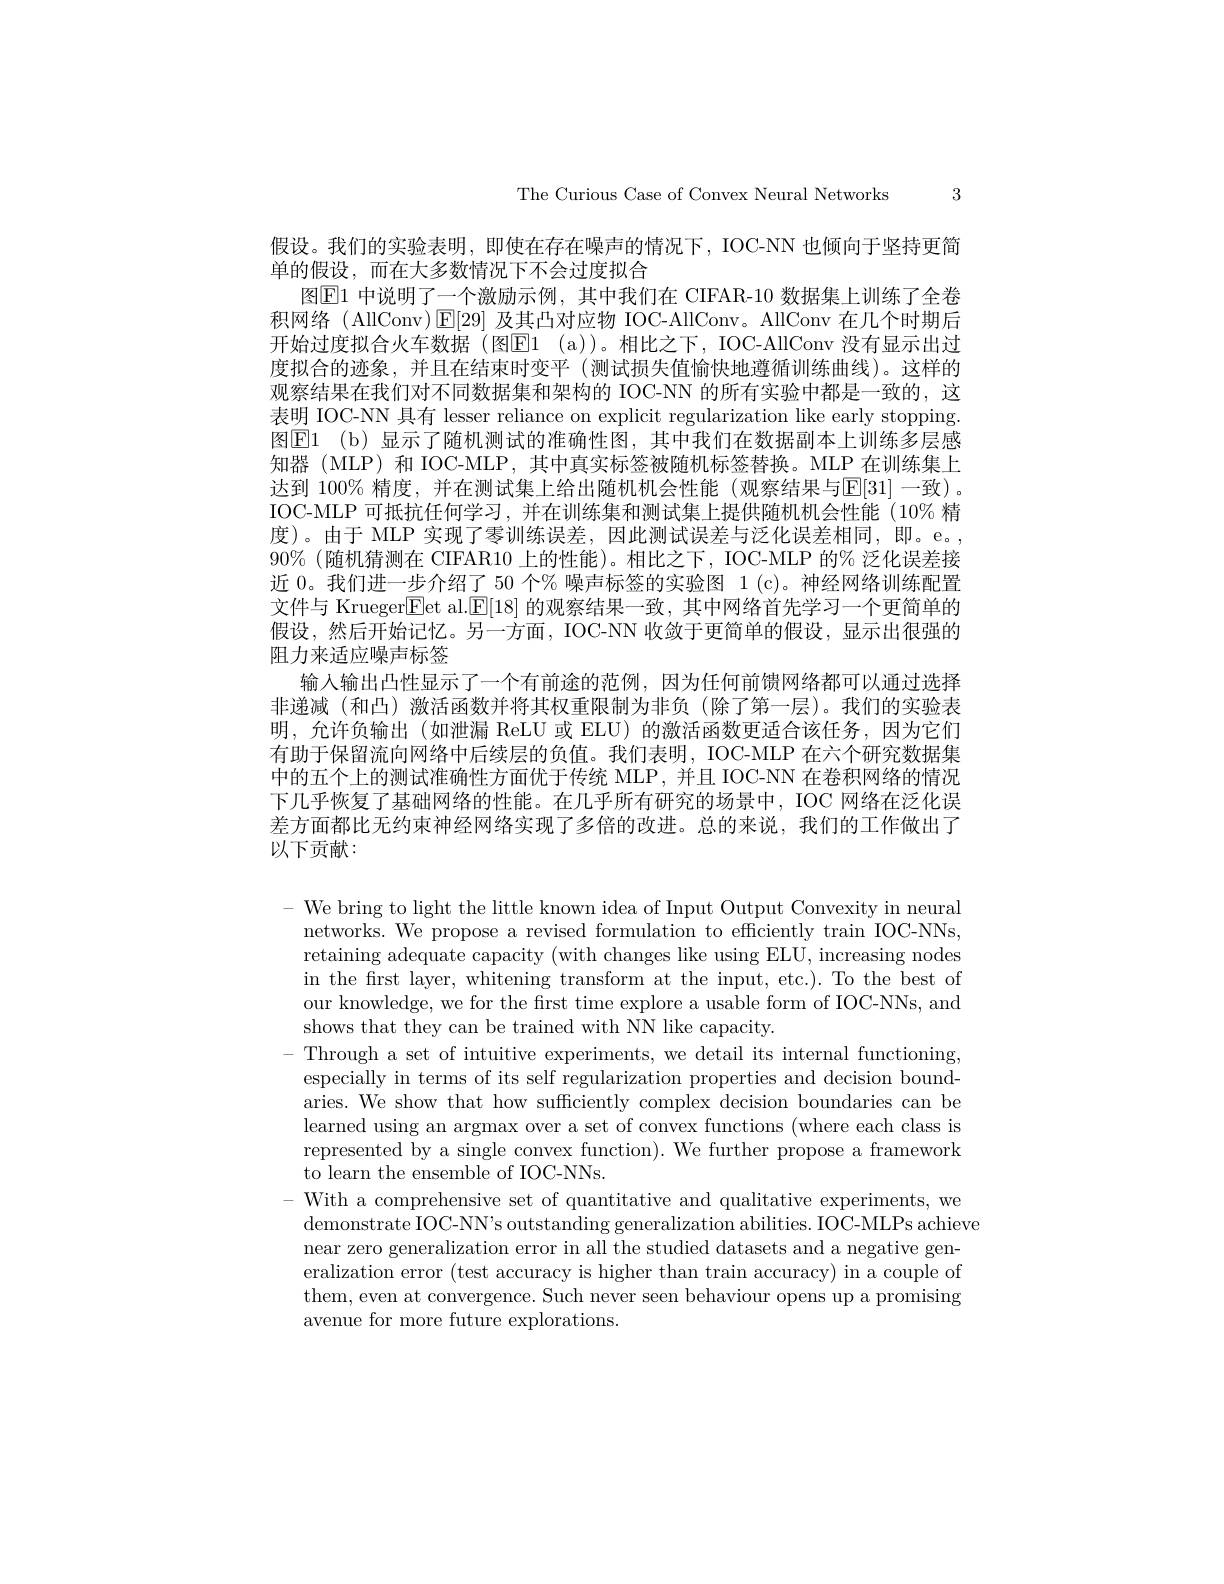
The Curious Case of Convex Neural Networks 3

假设。我们的实验表明，即使在存在噪声的情况下，IOC-NN 也倾向于坚持更简
单的假设，而在大多数情况下不会过度拟合
图E1 中说明了一个激励示例，其中我们在 CIFAR-10 数据集上训练了全卷积网络(AllConv)$\operatorname{E}[29]$及其凸对应物 IOC-AllConv。AllConv 在几个时期后开始过度拟合火车数据(图El1 (a))。相比之下，IOC-AllConv 没有显示出过度拟合的迹象，并且在结束时变平(测试损失值愉快地遵循训练曲线)。这样的观察结果在我们对不同数据集和架构的 IOC-NN 的所有实验中都是一致的，这表明 IOC-NN 具有 lesser reliance on explicit regularization like early stopping. 图El (b)显示了随机测试的准确性图，其中我们在数据副本上训练多层感知器 (MLP) 和 IOC-MLP, 其中真实标签被随机标签替换。MLP 在训练集上达到 100% 精度，并在测试集上给出随机机会性能(观察结果与E[31]一致)。IOC-MLP 可抵抗任何学习，并在训练集和测试集上提供随机机会性能(10% 精度)。由于 MLP 实现了零训练误差，因此测试误差与泛化误差相同，即。e。, $90\%$(随机猜测在 CIFAR10 上的性能)。相比之下，IOC-MLP 的% 泛化误差接近 0。我们进一步介绍了 50 个% 噪声标签的实验图 1 (c)。神经网络训练配置文件与 Krueger$\overline{\mathrm{E}}$et al.$\underline{\mathrm{F}}[18]$的观察结果一致，其中网络首先学习一个更简单的假设，然后开始记忆。另一方面，IOC-NN 收敛于更简单的假设，显示出很强的阻力来适应噪声标签
输入输出凸性显示了一个有前途的范例，因为任何前馈网络都可以通过选择非递减(和凸)激活函数并将其权重限制为非负(除了第一层)。我们的实验表明，允许负输出(如泄漏 ReLU 或 ELU) 的激活函数更适合该任务，因为它们有助于保留流向网络中后续层的负值。我们表明，IOC-MLP 在六个研究数据集中的五个上的测试准确性方面优于传统 MLP,并且 IOC-NN 在卷积网络的情况下几乎恢复了基础网络的性能。在几乎所有研究的场景中，IOC 网络在泛化误差方面都比无约束神经网络实现了多倍的改进。总的来说，我们的工作做出了以下贡献：

- We bring to light the little known idea of Input Output Convexity in neural
networks. We propose a revised formulation to efficiently train IOC-NNs, retaining adequate capacity (with changes like using ELU, increasing nodes in the first layer, whitening transform at the input, etc.). To the best of our knowledge, we for the first time explore a usable form of IOC-NNs, and shows that they can be trained with NN like capacity.
- Through a set of intuitive experiments, we detail its internal functioning
especially in terms of its self regularization properties and decision boundaries. We show that how sufficiently complex decision boundaries can be learned using an argmax over a set of convex functions (where each class is represented by a single convex function). We further propose a framework to learn the ensemble of IOC-NNs.
- With a comprehensive set of quantitative and qualitative experiments, we
demonstrate IOC-NN's outstanding generalization abilities. IOC-MLPs achieve
near zero generalization error in all the studied datasets and a negative generalization error (test accuracy is higher than train accuracy) in a couple of them, even at convergence. Such never seen behaviour opens up a promising avenue for more future explorations.